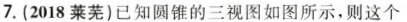
7.(2018莱芜)已知圆锥的三视图如图所示，则这个